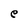
Character: e